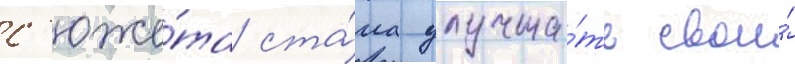
с'юже́та ста́ла улучша́ть свои́